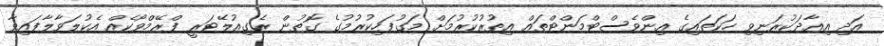
އަދި އިއާދަކުރަނިވި ހަކަތައިގެ އިންވެސްޓްމަންޓްތައް އިތުރުކުރުމަށް މަގުފަހިކުރުމުގެ ގޮތުން ރެގިއުލޭޓަރީ ފްރޭމްވޯކެއް އެކުލަވާލާފައިވާ